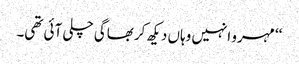
‘‘ مہرو انہیں وہاں دیکھ کر بھاگی چلی آئی تھی۔